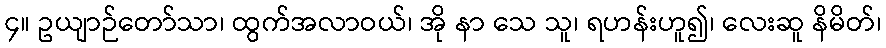
၄။ ဥယျာဉ်တော်သာ၊ ထွက်အလာဝယ်၊ အို နာ သေ သူ၊ ရဟန်းဟူ၍၊ လေးဆူ နိမိတ်၊